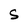
Character: S